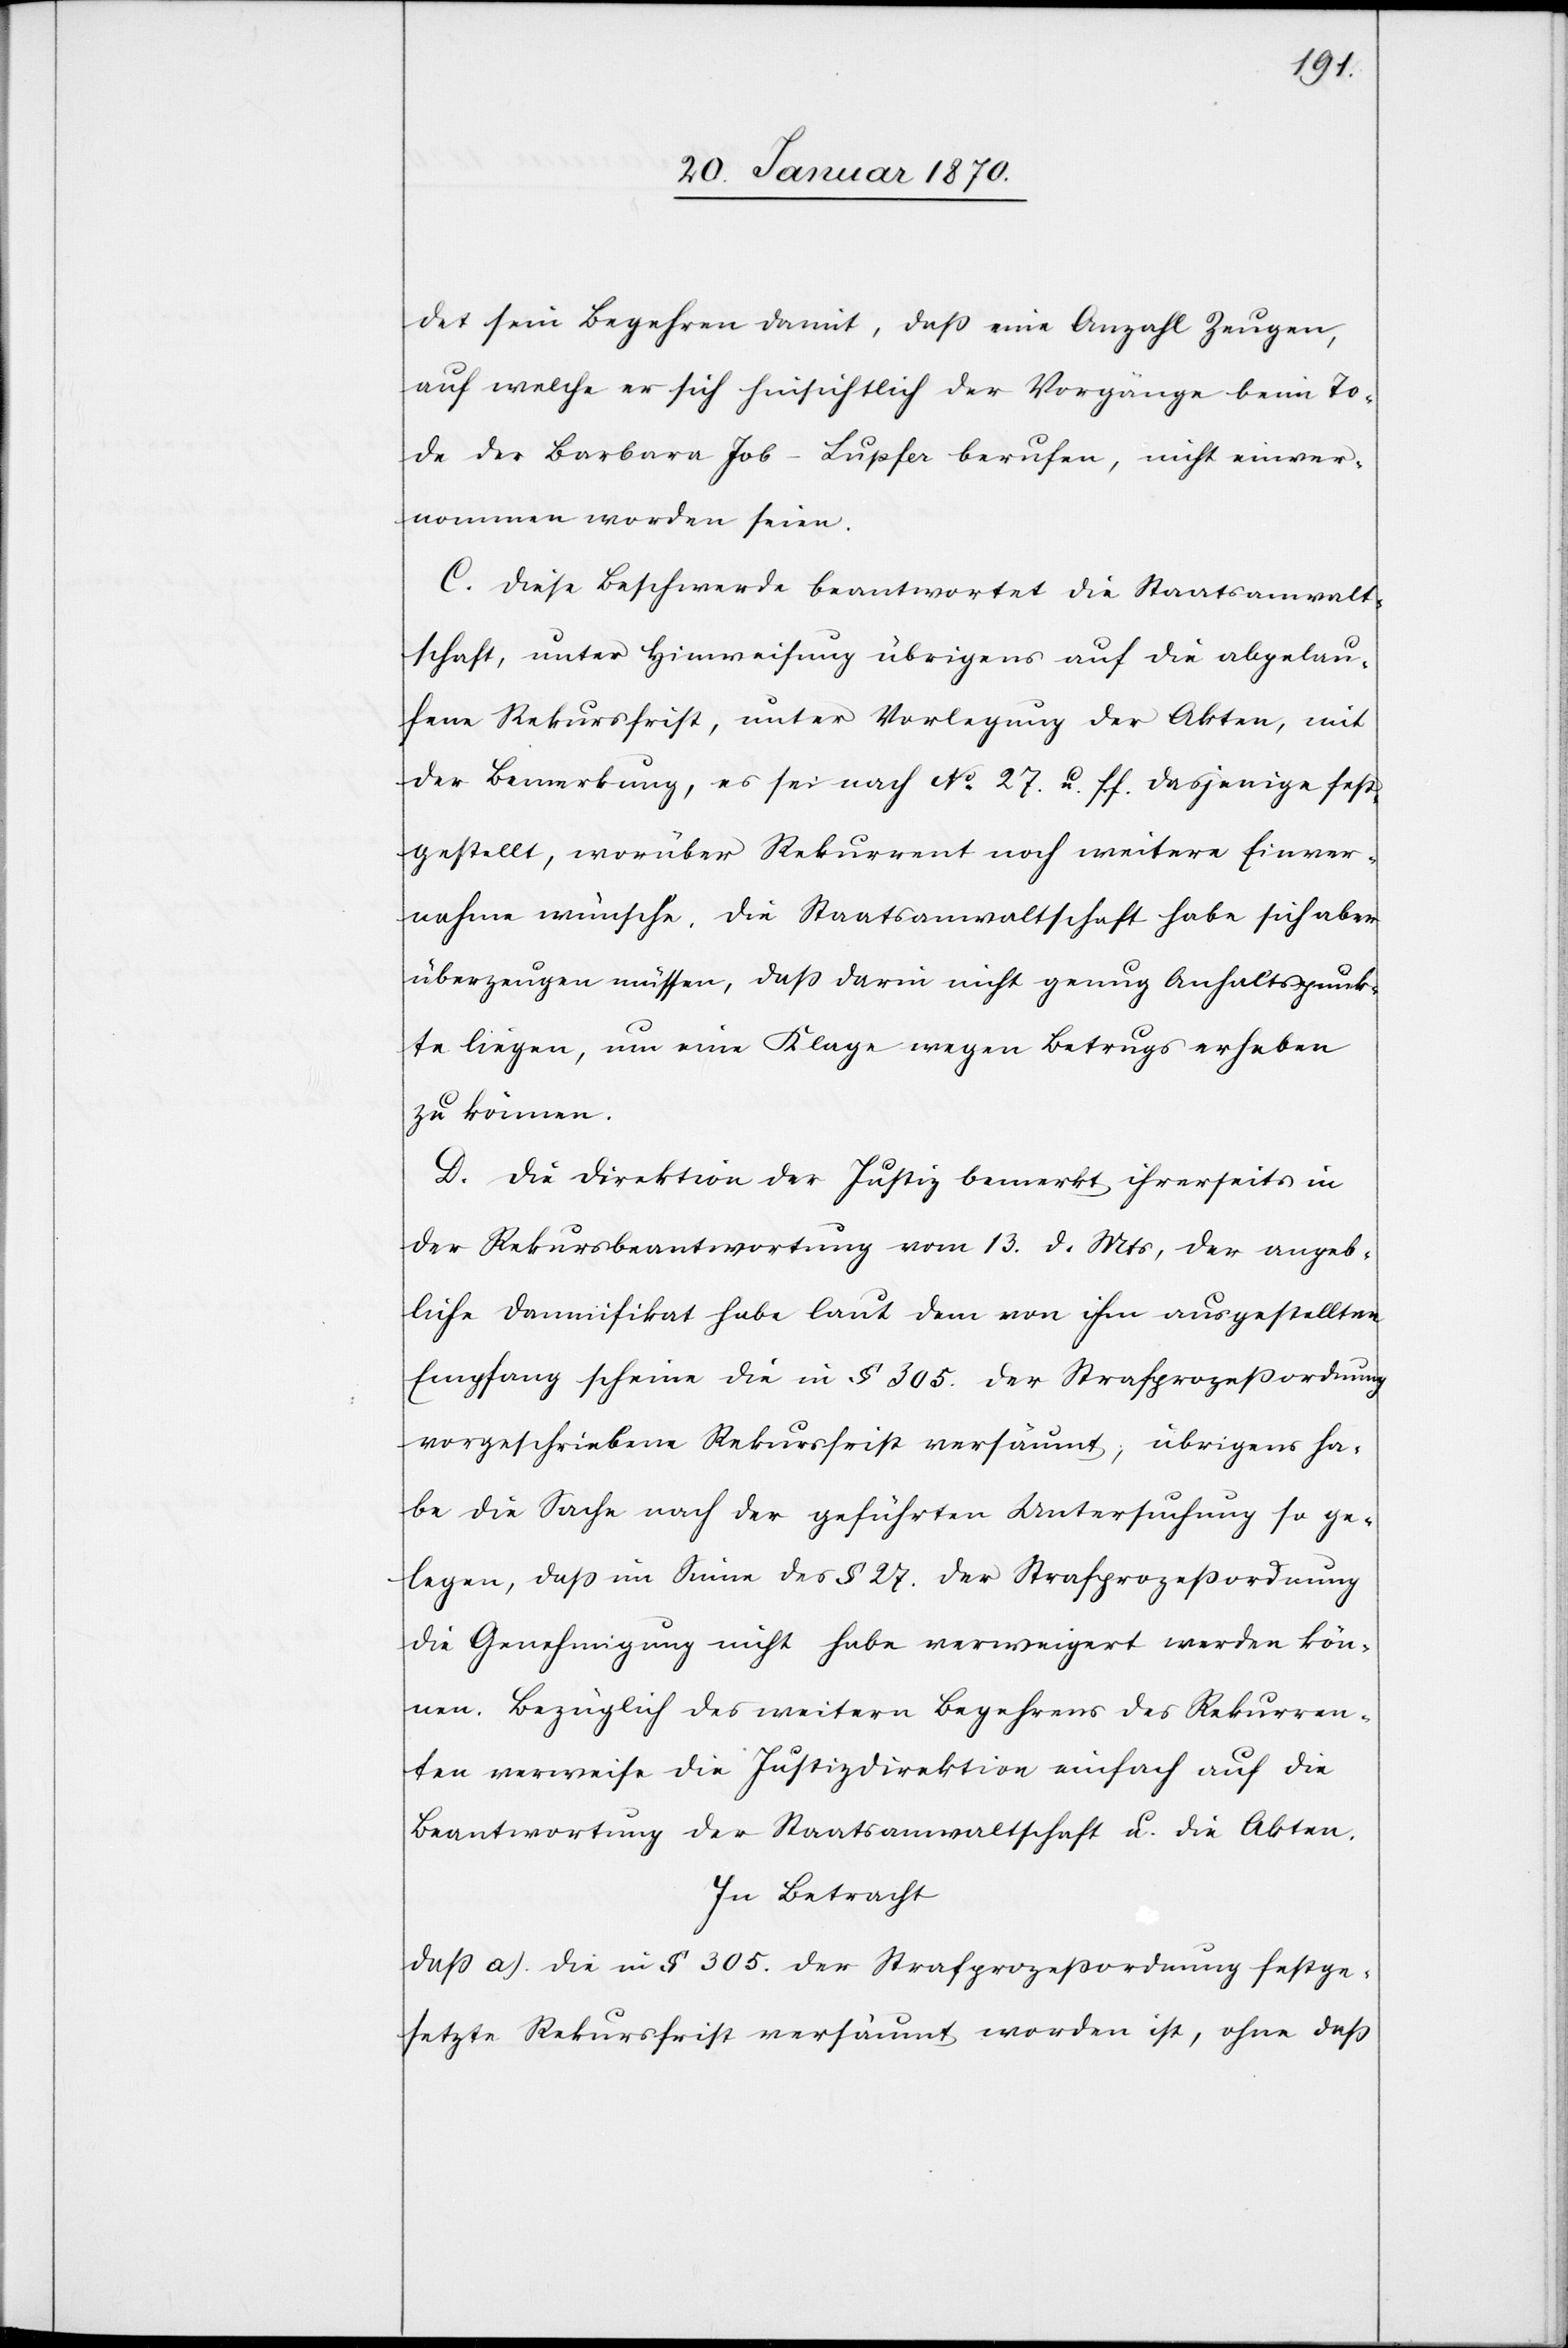
det sein Begehren damit, daß eine Anzahl Zeugen,
auf welche er sich hinsichtlich der Vorgänge beim To¬
de der Barbara Job-Lupfer berufen, nicht einver¬
nommen worden seien.
C. Diese Beschwerde beantwortet die Staatsanwalt¬
schaft, unter Hinweisung übrigens auf die abgelau¬
fene Rekursfrist, unter Vorlegung der Akten, mit
der Bemerkung, es sei nach No 27 u. f.f. dasjenige fest¬
gestellt, worüber Rekurrent noch weitere Einver¬
nahme wünsche. Die Staatsanwaltschaft habe sich aber
überzeugen müssen, daß darin nicht genug Anhaltspunk¬
te liegen, um eine Klage wegen Betrugs erheben
zu können.
D. Die Direktion der Justiz bemerkt ihrerseits in
der Rekursbeantwortung vom 13. d. Mts, der angeb¬
liche Damnifikat habe laut dem von ihm ausgestellten
Empfang scheine die in § 305. der Strafprozeßordnung
vorgeschriebene Rekursfrist versäumt; übrigens ha¬
be die Sache nach der geführten Untersuchung so ge¬
legen, daß im Sinne des § 27. der Strafprozeßordnung
die Genehmigung nicht habe verweigert werden kön¬
nen. Bezüglich des weitern Begehrens des Rekurren¬
ten verweise die Justizdirektion einfach auf die
Beantwortung der Staatsanwaltschaft u. die Akten.
In Betracht
daß a) die in § 305. der Strafprozeßordnung festge¬
setzte Rekursfrist versäumt worden ist, ohne daß